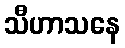
သီဟာသနေ